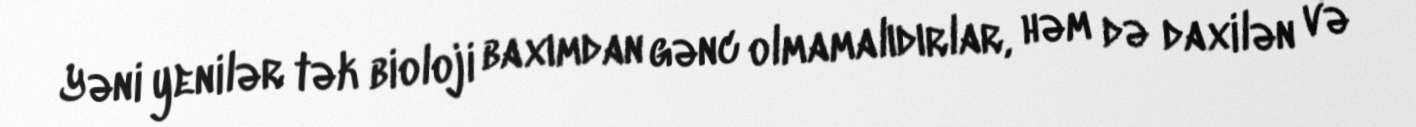
Yəni yenilər tək bioloji baxımdan gənc olmamalıdırlar, həm də daxilən və